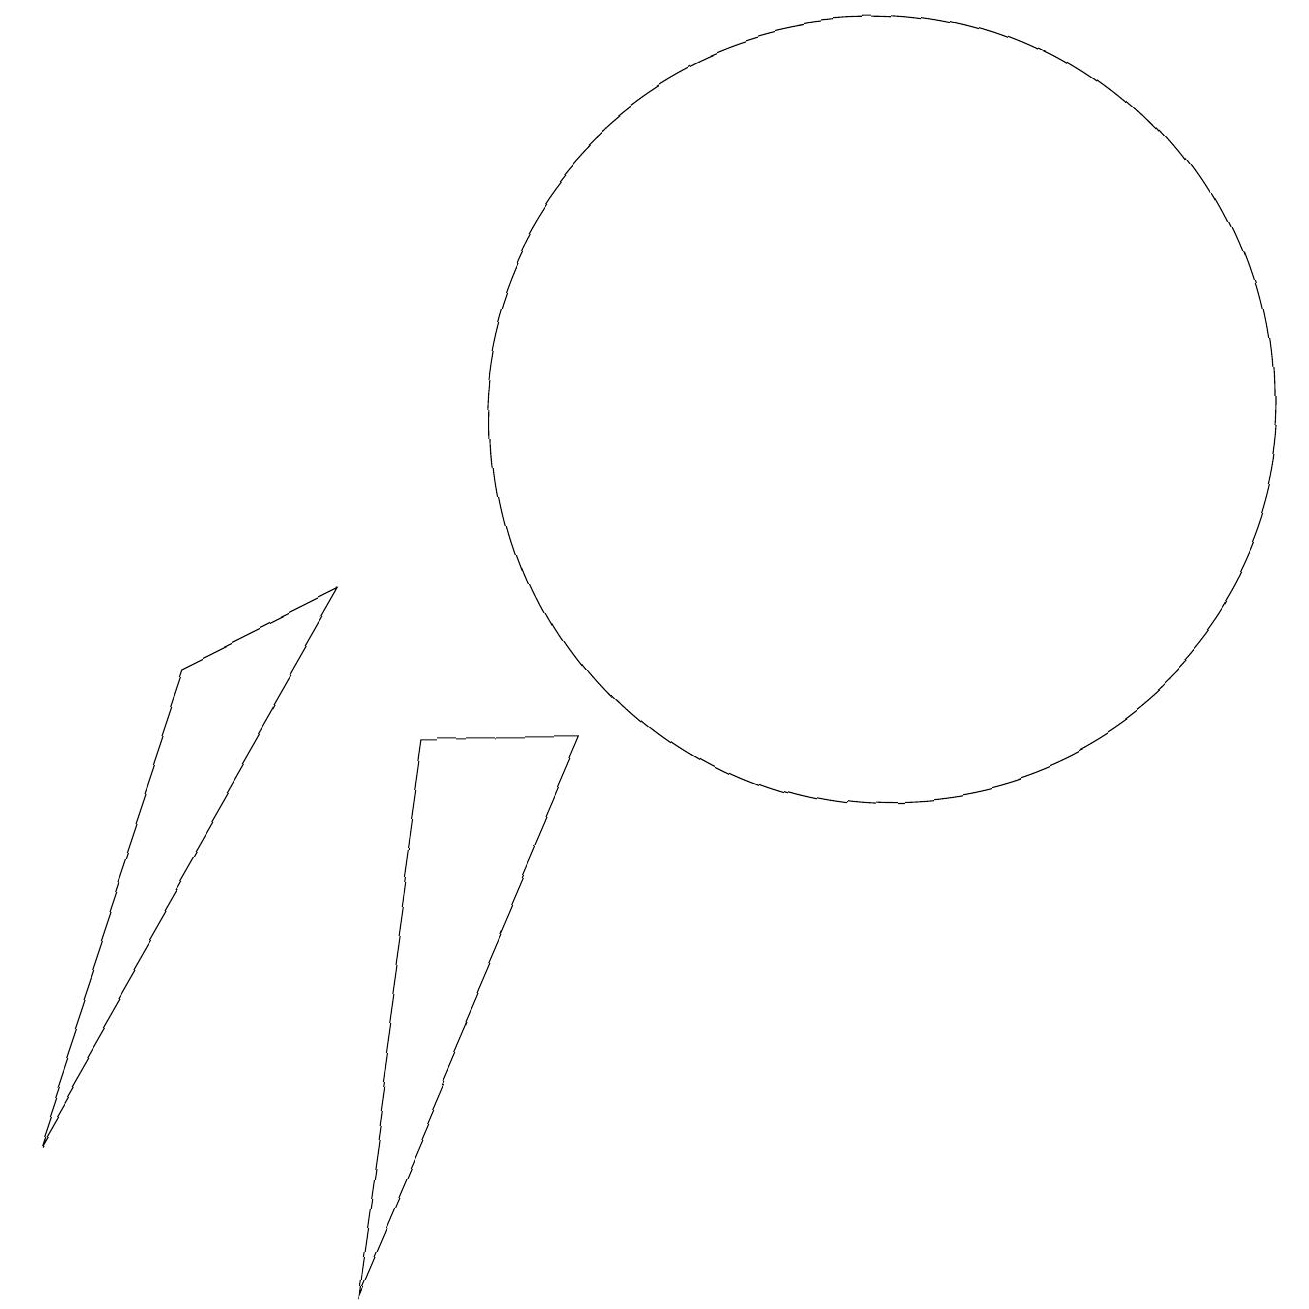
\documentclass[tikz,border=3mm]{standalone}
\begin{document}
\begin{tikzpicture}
\draw (4,0) -- (7,7) -- (5,7) -- cycle;
\draw (11,11) circle (5);
\draw (0,2) -- (4,9) -- (2,8) -- cycle;
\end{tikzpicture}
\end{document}